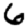
Digit: 6